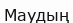
Маудың